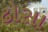
ઢોસા